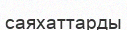
саяхаттарды